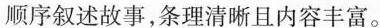
顺序叙述故事,条理清晰且内容丰富。